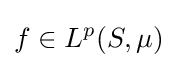
f\in L^{p}(S,\mu )